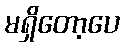
မရှိတော့ပေ